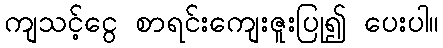
ကျသင့်ငွေ စာရင်းကျေးဇူးပြု၍ ပေးပါ။